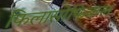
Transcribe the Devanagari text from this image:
फिलासोफिकल